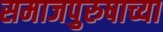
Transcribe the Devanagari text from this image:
समाजपुरुषाच्या